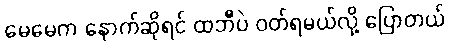
မေမေက နောက်ဆိုရင် ထဘီပဲ ဝတ်ရမယ်လို့ ပြောတယ်